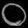
Digit: ၀